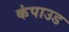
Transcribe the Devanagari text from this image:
कंपाउड